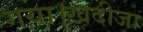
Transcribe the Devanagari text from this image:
गया।ख़दीजा